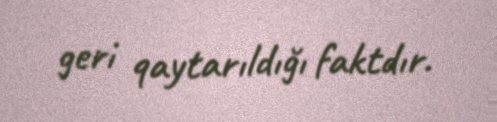
geri qaytarıldığı faktdır.